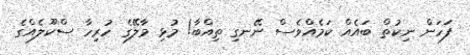
ފަހަން ނިކުތް ބައެއް ކަމެއްވެސް ނޭނގި ތިއްބާ! މުޅި މާލޭގެ ހުރިހާ ސްކޫލެއްގެ